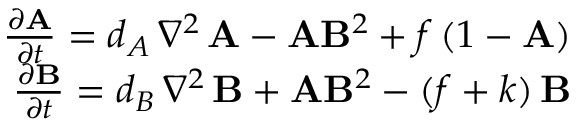
\begin{array} { r } { \frac { \partial \mathbf { A } } { \partial t } = d _ { A } \, \nabla ^ { 2 } \, \mathbf { A } - \mathbf { A } \mathbf { B } ^ { 2 } + f \, ( 1 - \mathbf { A } ) } \\ { \frac { \partial \mathbf { B } } { \partial t } = d _ { B } \, \nabla ^ { 2 } \, \mathbf { B } + \mathbf { A } \mathbf { B } ^ { 2 } - ( f + k ) \, \mathbf { B } } \end{array}